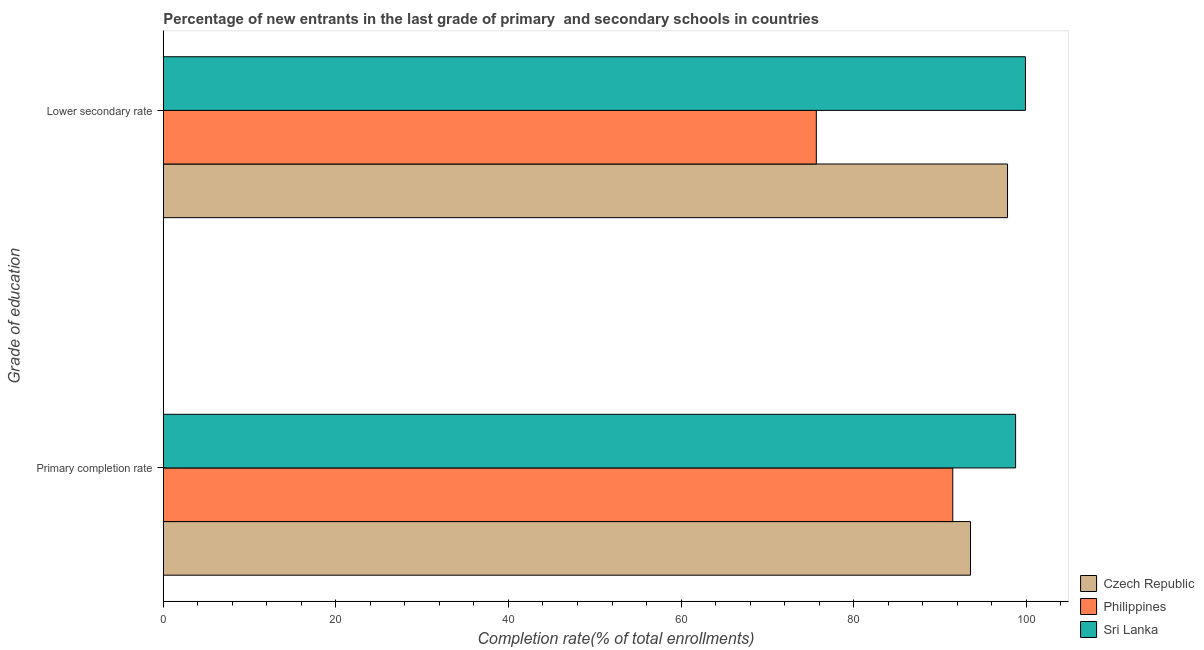
| Grade of education | Czech Republic | Philippines | Sri Lanka |
 | --- | --- | --- | --- |
 | Primary completion rate | 93.5 | 91.5 | 98.8 |
 | Lower secondary rate | 97.8 | 75.7 | 99.9 |